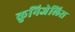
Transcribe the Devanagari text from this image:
कुनिजेलिस